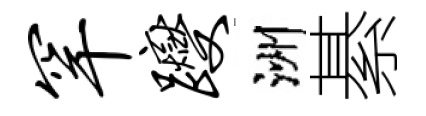
罕躞洲綦